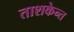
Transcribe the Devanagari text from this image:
ताशकेन्त